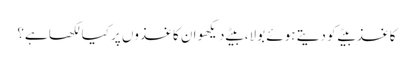
کاغذ بیٹے کو دیتے ہوئے بولا، بیٹے دیکھو ان کاغذوں پر کیا لکھا ہے؟